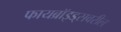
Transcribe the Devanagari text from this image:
फायब्रॉइड्‌सवरील